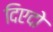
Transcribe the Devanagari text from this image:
दिएदो